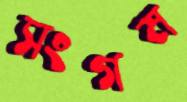
সংগম